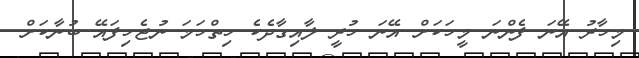
މިހާރު އޭނަ ފެންނަ މީހަކަށް އޭނަ ހުރީ ލާއިގާދެކެ ހިތްހަމަ ނުޖެހިފައޭ ބުނާކަށް